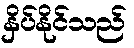
နှိပ်နိုင်သည်